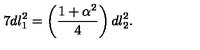
7 d l _ { 1 } ^ { 2 } = \left( \frac { 1 + \alpha ^ { 2 } } { 4 } \right) d l _ { 2 } ^ { 2 } .